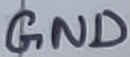
Text: GND